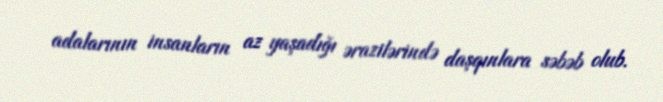
adalarının insanların az yaşadığı ərazilərində daşqınlara səbəb olub.